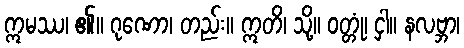
ဣမဿ၊ ၏။ ဂုဏော၊ တည်း။ ဣတိ၊ သို့။ ဝတ္တုံ၊ ငှါ။ နလဗ္ဘာ၊